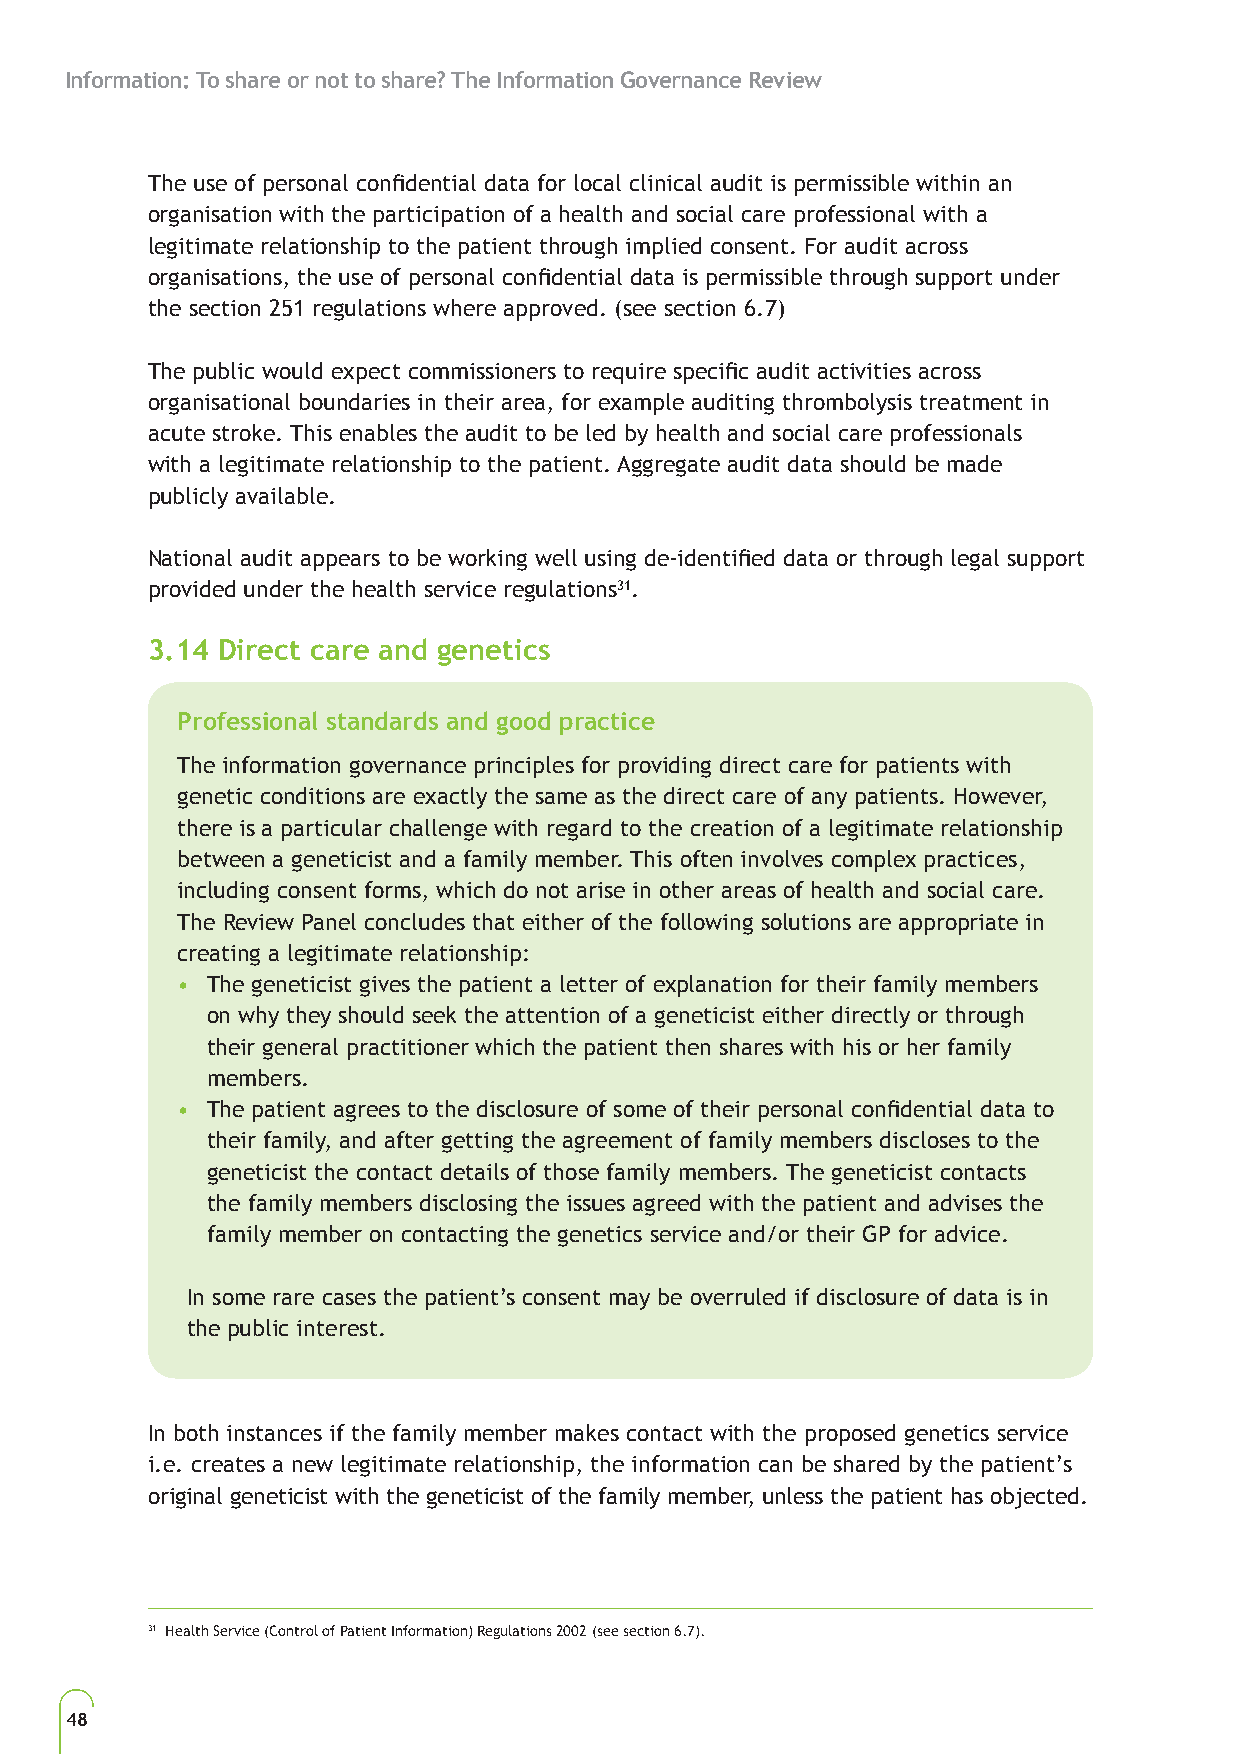
Information: To share or not to share? The Information Governance Review
 The use of personal confidential data for local clinical audit is permissible within an
 organisation with the participation of a health and social care professional with a
 legitimate relationship to the patient through implied consent. For audit across
 organisations, the use of personal confidential data is permissible through support under
 the section 251 regulations where approved. (see section 6.7)
 The public would expect commissioners to require specific audit activities across
 organisational boundaries in their area, for example auditing thrombolysis treatment in
 acute stroke. This enables the audit to be led by health and social care professionals
 with a legitimate relationship to the patient. Aggregate audit data should be made
 publicly available.
 National audit appears to be working well using de-identified data or through legal support
 provided under the health service regulations31.
 3.14 Direct care and genetics
 Professional standards and good practice
 The information governance principles for providing direct care for patients with
 genetic conditions are exactly the same as the direct care of any patients. However,
 there is a particular challenge with regard to the creation of a legitimate relationship
 between a geneticist and a family member. This often involves complex practices,
 including consent forms, which do not arise in other areas of health and social care.
 The Review Panel concludes that either of the following solutions are appropriate in
 creating a legitimate relationship:
 • The geneticist gives the patient a letter of explanation for their family members
 on why they should seek the attention of a geneticist either directly or through
 their general practitioner which the patient then shares with his or her family
 members.
 • The patient agrees to the disclosure of some of their personal confidential data to
 their family, and after getting the agreement of family members discloses to the
 geneticist the contact details of those family members. The geneticist contacts
 the family members disclosing the issues agreed with the patient and advises the
 family member on contacting the genetics service and/or their GP for advice.
 In some rare cases the patient’s consent may be overruled if disclosure of data is in
 the public interest.
 In both instances if the family member makes contact with the proposed genetics service
 i.e. creates a new legitimate relationship, the information can be shared by the patient’s
 original geneticist with the geneticist of the family member, unless the patient has objected.
 31 Health Service (Control of Patient Information) Regulations 2002 (see section 6.7).
 48